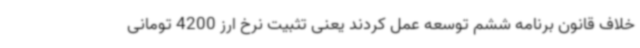
خلاف قانون برنامه ششم توسعه عمل کردند یعنی تثبیت نرخ ارز 4200 تومانی